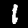
Label: 1